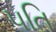
૫તિ